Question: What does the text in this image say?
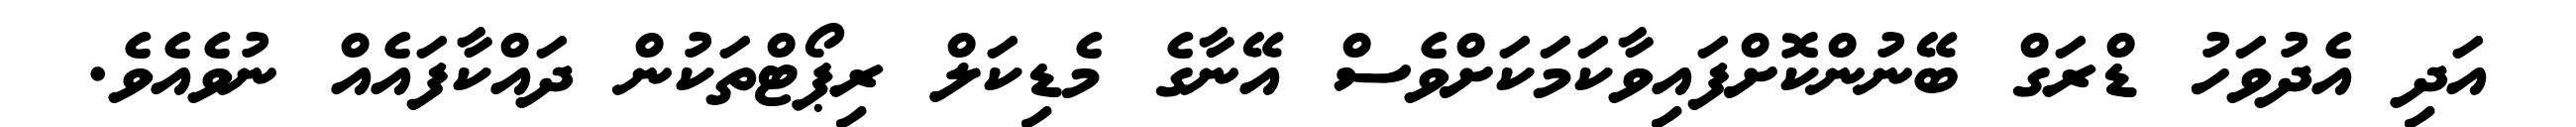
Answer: އަދި އެދުވަހު ޑްރަގް ބޭނުންކޮށްފައިވާކަމަކަށްވެސް އޭނާގެ މެޑިކަލް ރިޕޯޓްތަކުން ދައްކާފައެއް ނުވެއެވެ.